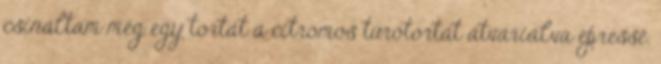
csináltam még egy tortát a citromos túrótortát átvariálva epressé.